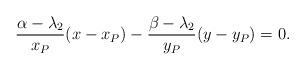
\begin{align*}\frac{\alpha-\lambda_2}{x_P}(x-x_P)- \frac{\beta-\lambda_2}{y_P}(y-y_P)=0.\end{align*}